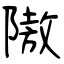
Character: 隞